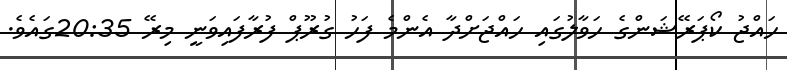
ހައްޖު ކޯޕަރޭޝަންގެ ހަވާލުގައި ހައްޖަށްދާ އެންމެ ފަހު ގުރޫޕް ފުރާފައިވަނީ މިރޭ 20:35ގައެވެ.